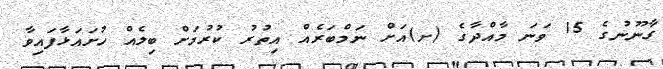
ގާނޫނުގެ 15 ވަނަ މާއްދާގެ (ށ)އަށް ނަމްބަރެއް އިތުރު ކުރުމަށް ބިލެއް ހުށައަޅާފައިވާ